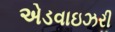
એડવાઇઝરી